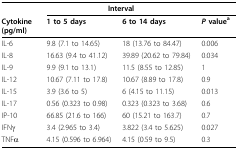
<table><thead><tr><td></td><td colspan="2"><b>Interval</b></td><td></td></tr><tr><td><b>Cytokine (pg/ml)</b></td><td><b>1 to 5 days</b></td><td><b>6 to 14 days</b></td><td><b><i>P </i>value<sup>a</sup></b></td></tr></thead><tbody><tr><td>IL-6</td><td>9.8 (7.1 to 14.65)</td><td>18 (13.76 to 84.47)</td><td>0.006</td></tr><tr><td>IL-8</td><td>16.63 (9.4 to 41.12)</td><td>39.89 (20.62 to 79.84)</td><td>0.034</td></tr><tr><td>IL-9</td><td>9.9 (9.1 to 13.1)</td><td>11.5 (8.55 to 12.85)</td><td>1</td></tr><tr><td>IL-12</td><td>10.67 (7.11 to 17.8)</td><td>10.67 (8.89 to 17.8)</td><td>0.9</td></tr><tr><td>IL-15</td><td>3.9 (3.6 to 5)</td><td>6 (4.15 to 11.15)</td><td>0.013</td></tr><tr><td>IL-17</td><td>0.56 (0.323 to 0.98)</td><td>0.323 (0.323 to 3.68)</td><td>0.6</td></tr><tr><td>IP-10</td><td>66.85 (21.6 to 166)</td><td>60 (15.21 to 163.7)</td><td>0.7</td></tr><tr><td>IFNγ</td><td>3.4 (2.965 to 3.4)</td><td>3.822 (3.4 to 5.625)</td><td>0.027</td></tr><tr><td>TNFα</td><td>4.15 (0.596 to 6.964)</td><td>4.15 (0.59 to 9.5)</td><td>0.3</td></tr></tbody></table>